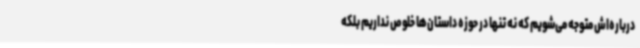
درباره‌اش متوجه می‌شویم که نه تنها در حوزه داستان‌ها خلوص نداریم بلکه